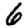
Digit: 6